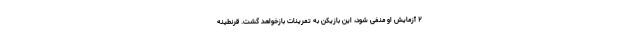
۲ آزمایش او منفی شود، این بازیکن به تمرینات بازخواهد گشت. قرنطینه